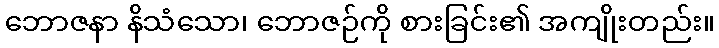
ဘောဇနာ နိသံသော၊ ဘောဇဉ်ကို စားခြင်း၏ အကျိုးတည်း။